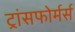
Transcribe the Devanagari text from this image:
ट्रांसफोर्मर्स